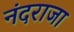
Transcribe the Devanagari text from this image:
नंदराजा